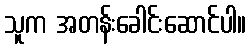
သူက အတန်းခေါင်းဆောင်ပါ။